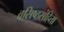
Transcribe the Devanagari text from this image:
वसिष्ठसंहिता